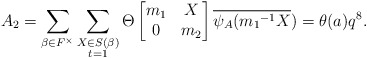
\begin{align*} A_2=\displaystyle \sum_{\beta \in F^{\times}} \sum_{\substack{X\in S(\beta) \\ t=1 }}\Theta \begin{bmatrix} m_1 & X\\0 & m_2\end{bmatrix}\overline{\psi_A({m_1}^{-1}X})=\theta(a)q^8.\end{align*}